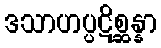
ဒသာဟပ္ပဋိစ္ဆန္နာ